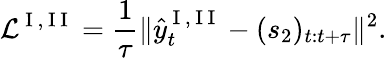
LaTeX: \mathcal{L}^{\mathrm{~I~,~I~I~}}=\frac{1}{\tau}\Vert\hat{y}_{t}^{\mathrm{~I~,~I~I~}}-(s_{2})_{t:t+\tau}\Vert^{2}.